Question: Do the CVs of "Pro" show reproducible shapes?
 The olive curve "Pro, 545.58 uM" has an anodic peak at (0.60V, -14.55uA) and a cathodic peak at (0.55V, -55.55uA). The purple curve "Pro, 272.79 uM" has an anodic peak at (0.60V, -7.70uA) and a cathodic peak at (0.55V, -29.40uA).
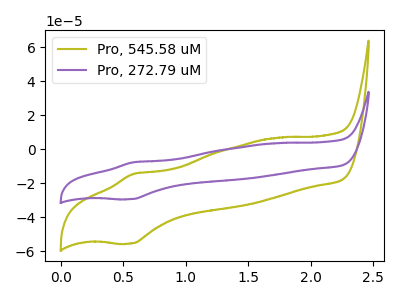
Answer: <think>All the peaks in "Pro, 545.58 uM" have a peak in "Pro, 272.79 uM" at the same potential.
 </think>
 <answer>All the CV's of "Pro" have similar shape.</answer>
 <eval>follow_rule</eval>